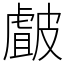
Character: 皻